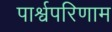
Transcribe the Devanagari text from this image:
पार्श्वपरिणाम